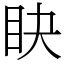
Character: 䀗